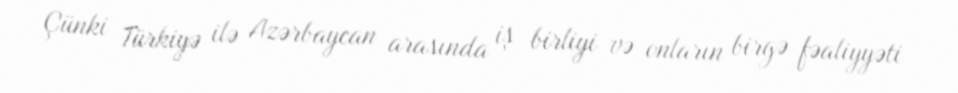
Çünki Türkiyə ilə Azərbaycan arasında iş birliyi və onların birgə fəaliyyəti